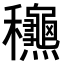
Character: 𥤚